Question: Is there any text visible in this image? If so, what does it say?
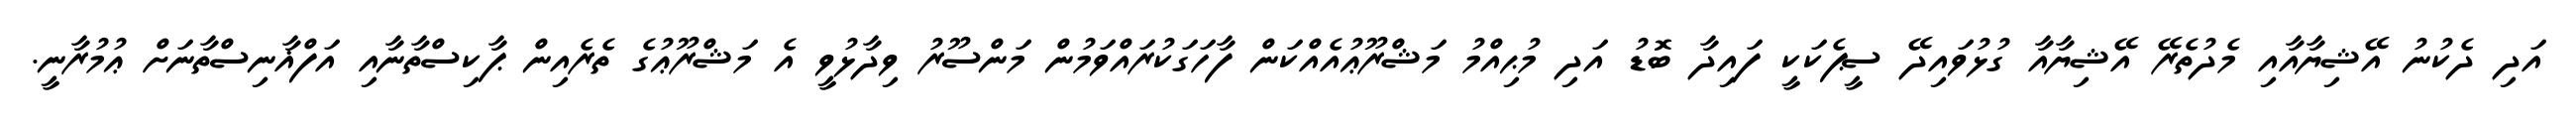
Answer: އަދި ދެކުނު އޭޝިޔާއާއި މެދުތެރޭ އޭޝިޔާއާ ގުޅުވައިދޭ ސީޕެކަކީ ފައިދާ ބޮޑު އަދި މުޙިއްމު މަޝްރޫޢުއެއްކަން ފާހަގަކުރައްވަމުން މަންސޫރު ވިދާޅުވީ އެ މަޝްރޫޢުގެ ތެރެއިން ޕާކިސްތާނާއި އަފްޣާނިސްތާނަށް ޢުމުރާނީ.